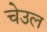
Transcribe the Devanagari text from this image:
चेउल